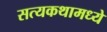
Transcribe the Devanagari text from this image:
सत्यकथामध्ये